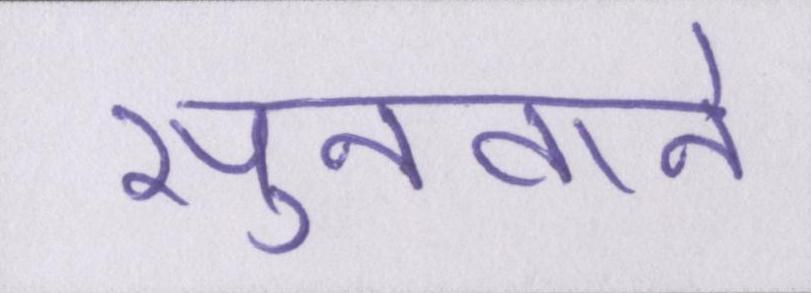
सुनवाने